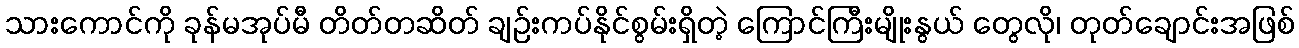
သားကောင်ကို ခုန်မအုပ်မီ တိတ်တဆိတ် ချဉ်းကပ်နိုင်စွမ်းရှိတဲ့ ကြောင်ကြီးမျိုးနွယ် တွေလို၊ တုတ်ချောင်းအဖြစ်